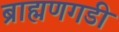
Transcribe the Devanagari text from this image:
ब्राह्मणगडी